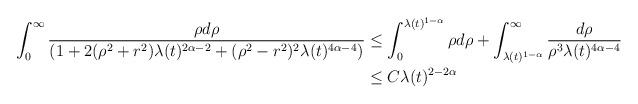
LaTeX: \begin{align*} \int_{0}^{\infty} \frac{\rho d\rho}{(1+2(\rho^{2}+r^{2})\lambda(t)^{2\alpha-2} +(\rho^{2}-r^{2})^{2} \lambda(t)^{4\alpha-4})}&\leq \int_{0}^{\lambda(t)^{1-\alpha}} \rho d\rho + \int_{\lambda(t)^{1-\alpha}}^{\infty} \frac{d\rho}{\rho^{3}\lambda(t)^{4\alpha-4}}\\&\leq C \lambda(t)^{2-2\alpha}\end{align*}